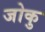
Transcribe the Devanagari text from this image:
जोकु